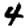
Digit: 4